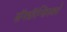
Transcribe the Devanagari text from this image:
सॅनफ्रॅन्सिस्को